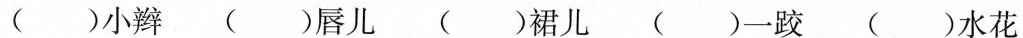
()小辫()唇儿()裙儿()一跤()水花